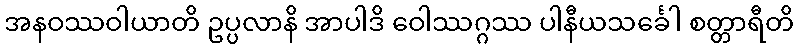
အနဝဿဝါယာတိ ဥပ္ပလာနိ အာပါဒိ ဝေါဿဂ္ဂဿ ပါနီယသင်္ခေါ စတ္တာရီတိ